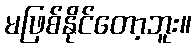
မဖြစ်နိုင်တော့ဘူး။